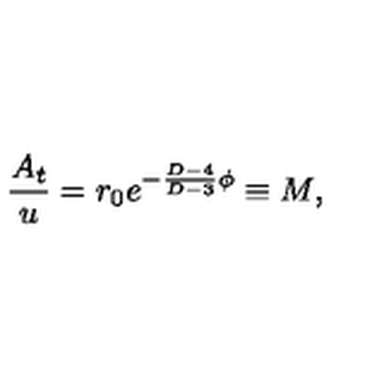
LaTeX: { \frac { A _ { t } } { u } } = r _ { 0 } e ^ { - { \frac { D - 4 } { D - 3 } } \phi } \equiv M ,